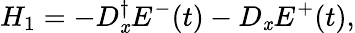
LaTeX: H_{1}=-D_{\mathit{x}}^{\dagger}E^{-}(t)-D_{\mathit{x}}E^{+}(t),